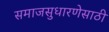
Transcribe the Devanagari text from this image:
समाजसुधारणेसाठी